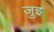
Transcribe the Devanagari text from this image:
जुइ